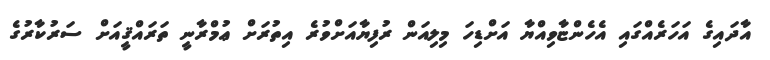
އާދައިގެ އަހަރެއްގައި އެހެންޏާވިއްޔާ އަށްޑިހަ މިލިއަން ރުފިޔާއަށްވުރެ އިތުރަށް ޢުމްރާނީ ތަރައްޤީއަށް ސަރުކާރުގެ